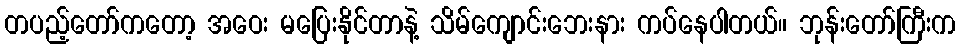
တပည့်တော်ကတော့ အဝေး မပြေးနိုင်တာနဲ့ သိမ်ကျောင်းဘေးနား ကပ်နေပါတယ်။ ဘုန်းတော်ကြီးက